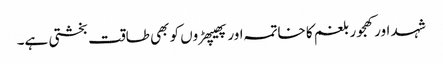
شہد اور کھجور بلغم کا خاتمہ اور پھیپھڑوں کو بھی طاقت بخشتی ہے۔